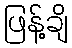
ဖြန့်ချိ